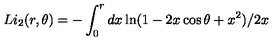
L i _ { 2 } ( r , \theta ) = - \int _ { 0 } ^ { r } d x \ln ( 1 - 2 x \cos \theta + x ^ { 2 } ) / 2 x